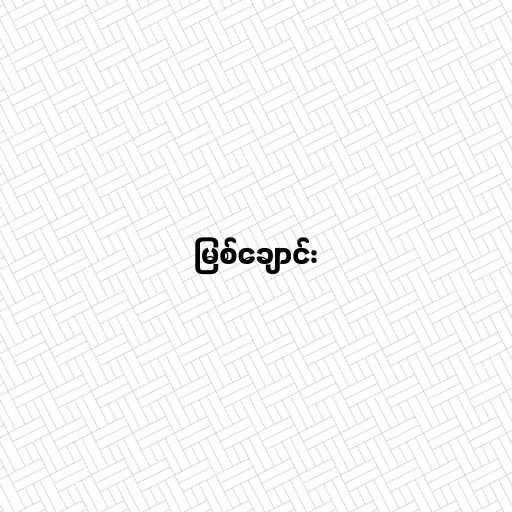
မြစ်ချောင်း